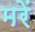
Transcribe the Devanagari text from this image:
मरें